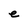
Character: e